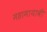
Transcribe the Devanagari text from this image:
महामायावी